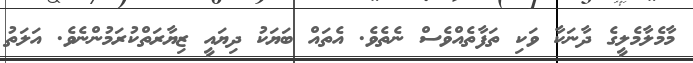
މާމެލާމެލީގެ ދާނަކާ ވަކި ތަފާތެއްވެސް ނެތެވެ. އެތައް ބަޔަކު ދިޔައީ ޒިޔާރަތްކުރަމުންނެވެ. އަލަތު